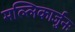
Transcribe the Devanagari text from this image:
मल्लिकार्जुनः